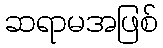
ဆရာမအဖြစ်